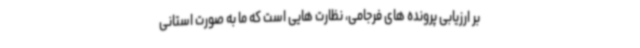
بر ارزیابی پرونده های فرجامی، نظارت هایی است که ما به صورت استانی